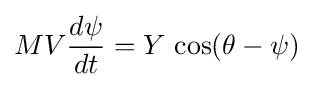
MV{\frac {d\psi }{dt}}=Y\,\cos(\theta -\psi )